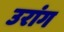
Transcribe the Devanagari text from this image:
उरांग